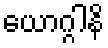
ယောဂ္ဂါနိ